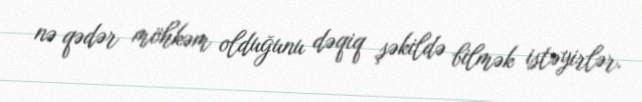
nə qədər möhkəm olduğunu dəqiq şəkildə bilmək istəyirlər.